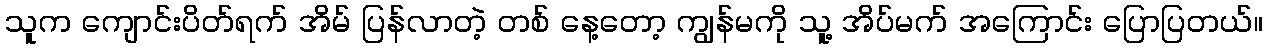
သူက ကျောင်းပိတ်ရက် အိမ် ပြန်လာတဲ့ တစ် နေ့တော့ ကျွန်မကို သူ့ အိပ်မက် အကြောင်း ပြောပြတယ်။